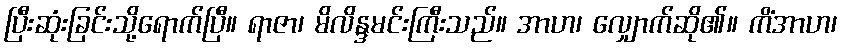
ပြီးဆုံးခြင်းသို့ရောက်ပြီ။ ရာဇာ၊ မိလိန္ဒမင်းကြီးသည်။ အာဟ၊ လျှောက်ဆို၏။ ကိံအာဟ၊